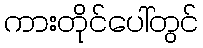
ကားတိုင်ပေါ်တွင်